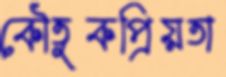
কৌতুকপ্রিয়তা